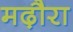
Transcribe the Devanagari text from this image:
मढ़ौरा